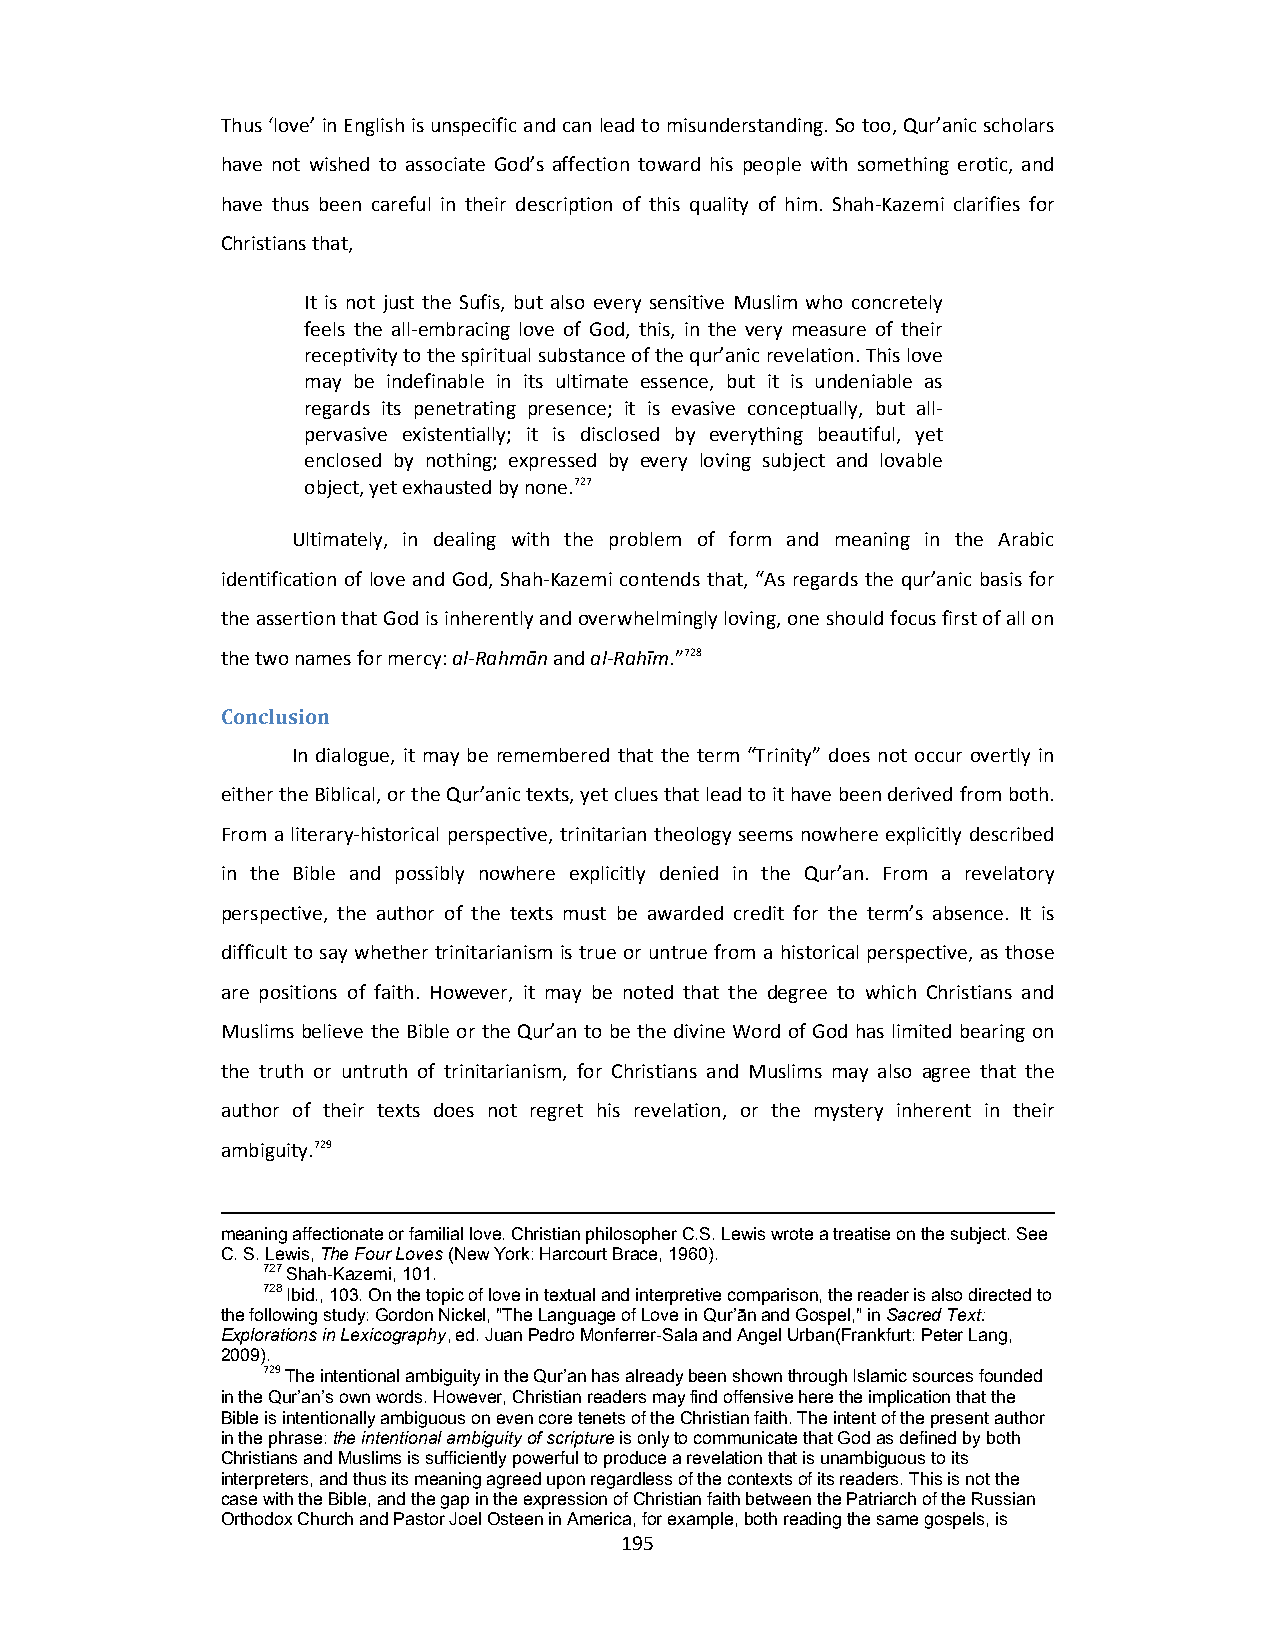
Thus ‘love’ in English is unspecific and can lead to misunderstanding. So too, Qur’anic scholars
 have not wished to associate God’s affection toward his people with something erotic, and
 have thus been careful in their description of this quality of him. Shah‐Kazemi clarifies for
 Christians that,
 It is not just the Sufis, but also every sensitive Muslim who concretely
 feels the all‐embracing love of God, this, in the very measure of their
 receptivity to the spiritual substance of the qur’anic revelation. This love
 may be indefinable in its ultimate essence, but it is undeniable as
 regards its penetrating presence; it is evasive conceptually, but all‐
 pervasive existentially; it is disclosed by everything beautiful, yet
 enclosed by nothing; expressed by every loving subject and lovable
 object, yet exhausted by none.727
 Ultimately, in dealing with the problem of form and meaning in the Arabic
 identification of love and God, Shah‐Kazemi contends that, “As regards the qur’anic basis for
 the assertion that God is inherently and overwhelmingly loving, one should focus first of all on
 the two names for mercy: al‐Rahmān and al‐Rahīm.”728
 Conclusion
 In dialogue, it may be remembered that the term “Trinity” does not occur overtly in
 either the Biblical, or the Qur’anic texts, yet clues that lead to it have been derived from both.
 From a literary‐historical perspective, trinitarian theology seems nowhere explicitly described
 in the Bible and possibly nowhere explicitly denied in the Qur’an. From a revelatory
 perspective, the author of the texts must be awarded credit for the term’s absence. It is
 difficult to say whether trinitarianism is true or untrue from a historical perspective, as those
 are positions of faith. However, it may be noted that the degree to which Christians and
 Muslims believe the Bible or the Qur’an to be the divine Word of God has limited bearing on
 the truth or untruth of trinitarianism, for Christians and Muslims may also agree that the
 author of their texts does not regret his revelation, or the mystery inherent in their
 ambiguity.729
 meaning affectionate or familial love. Christian philosopher C.S. Lewis wrote a treatise on the subject. See
 C. S. Lewis, The Four Loves (New York: Harcourt Brace, 1960).
 727 Shah-Kazemi, 101.
 728 Ibid., 103. On the topic of love in textual and interpretive comparison, the reader is also directed to
 the following study: Gordon Nickel, "The Language of Love in Qur’ān and Gospel," in Sacred Text:
 Explorations in Lexicography, ed. Juan Pedro Monferrer-Sala and Angel Urban(Frankfurt: Peter Lang,
 2009).
 729 The intentional ambiguity in the Qur’an has already been shown through Islamic sources founded
 in the Qur’an’s own words. However, Christian readers may find offensive here the implication that the
 Bible is intentionally ambiguous on even core tenets of the Christian faith. The intent of the present author
 in the phrase: the intentional ambiguity of scripture is only to communicate that God as defined by both
 Christians and Muslims is sufficiently powerful to produce a revelation that is unambiguous to its
 interpreters, and thus its meaning agreed upon regardless of the contexts of its readers. This is not the
 case with the Bible, and the gap in the expression of Christian faith between the Patriarch of the Russian
 Orthodox Church and Pastor Joel Osteen in America, for example, both reading the same gospels, is
 195